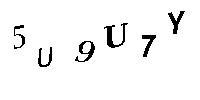
5U9U7Y